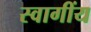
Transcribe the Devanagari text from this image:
स्वागींय